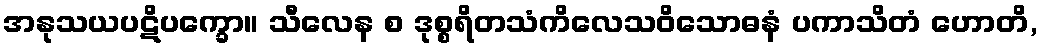
အနုသယပဋိပက္ခော။ သီလေန စ ဒုစ္စရိတသံကိလေသဝိသောဓနံ ပကာသိတံ ဟောတိ,